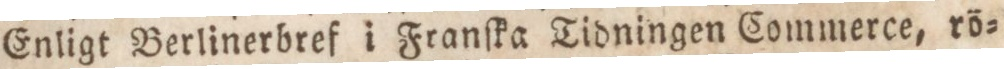
Enligt Berlinerbref i Franſka Tidningen Commerce, rö=